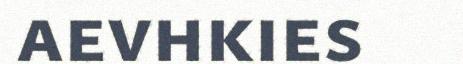
aevhkies